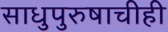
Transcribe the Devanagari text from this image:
साधुपुरुषाचीही